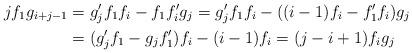
LaTeX: \begin{align*}jf_1 g_{i+j-1} &= g'_jf_1f_i - f_1f'_i g_j = g'_j f_1 f_i - ((i-1)f_i - f'_1 f_i)g_j \\&= (g'_j f_1 - g_j f'_1)f_i - (i-1) f_i = (j-i+1)f_i g_j\end{align*}